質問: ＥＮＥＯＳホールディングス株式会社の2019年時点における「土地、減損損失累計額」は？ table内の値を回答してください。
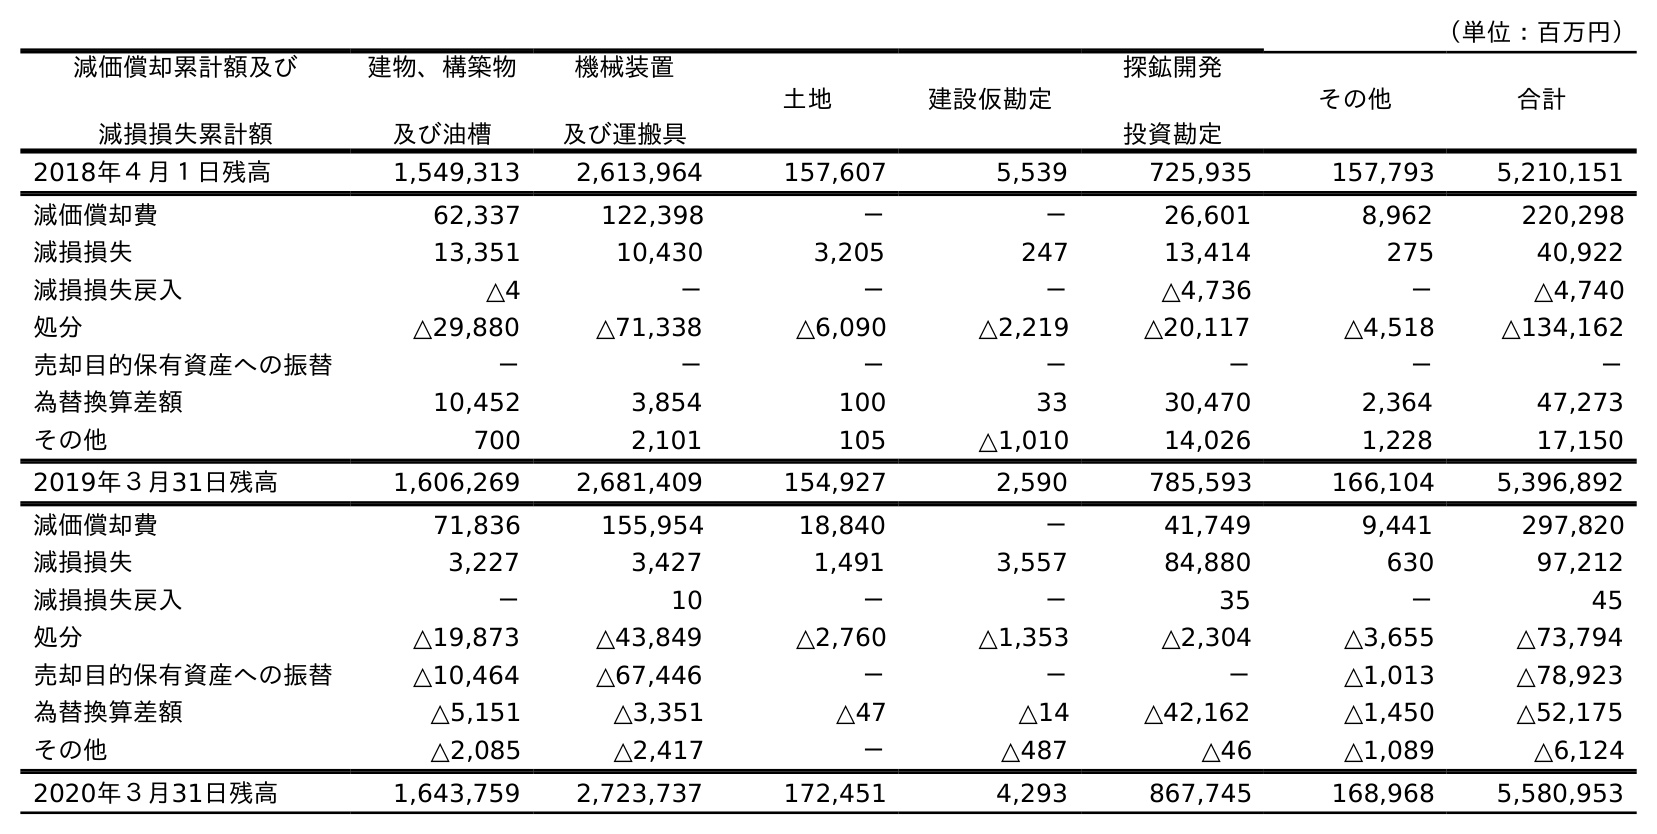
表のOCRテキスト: （単位：百万円） 減価償却累計額及び 減損損失累計額 建物、構築物 及び油槽 機械装置 及び運搬具 土地 建設仮勘定 探鉱開発 投資勘定 その他 合計 2018年４月１日残高 1,549,313 2,613,964 157,607 5,539 725,935 157,793 5,210,151 減価償却費 62,337 122,398 － － 26,601 8,962 220,298 減損損失 13,351 10,430 3,205 247 13,414 275 40,922 減損損失戻入 △4 － － － △4,736 － △4,740 処分 △29,880 △71,338 △6,090 △2,219 △20,117 △4,518 △134,162 売却目的保有資産への振替 － － － － － － － 為替換算差額 10,452 3,854 100 33 30,470 2,364 47,273 その他 700 2,101 105 △1,010 14,026 1,228 17,150 2019年３月31日残高 1,606,269 2,681,409 154,927 2,590 785,593 166,104 5,396,892 減価償却費 71,836 155,954 18,840 － 41,749 9,441 297,820 減損損失 3,227 3,427 1,491 3,557 84,880 630 97,212 減損損失戻入 － 10 － － 35 － 45 処分 △19,873 △43,849 △2,760 △1,353 △2,304 △3,655 △73,794 売却目的保有資産への振替 △10,464 △67,446 － － － △1,013 △78,923 為替換算差額 △5,151 △3,351 △47 △14 △42,162 △1,450 △52,175 その他 △2,085 △2,417 － △487 △46 △1,089 △6,124 2020年３月31日残高 1,643,759 2,723,737 172,451 4,293 867,745 168,968 5,580,953
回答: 154,927